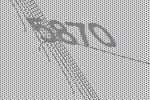
5870